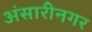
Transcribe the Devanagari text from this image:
अंसारीनगर